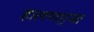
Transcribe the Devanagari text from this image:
हालणार्‍या